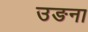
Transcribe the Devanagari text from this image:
उङना